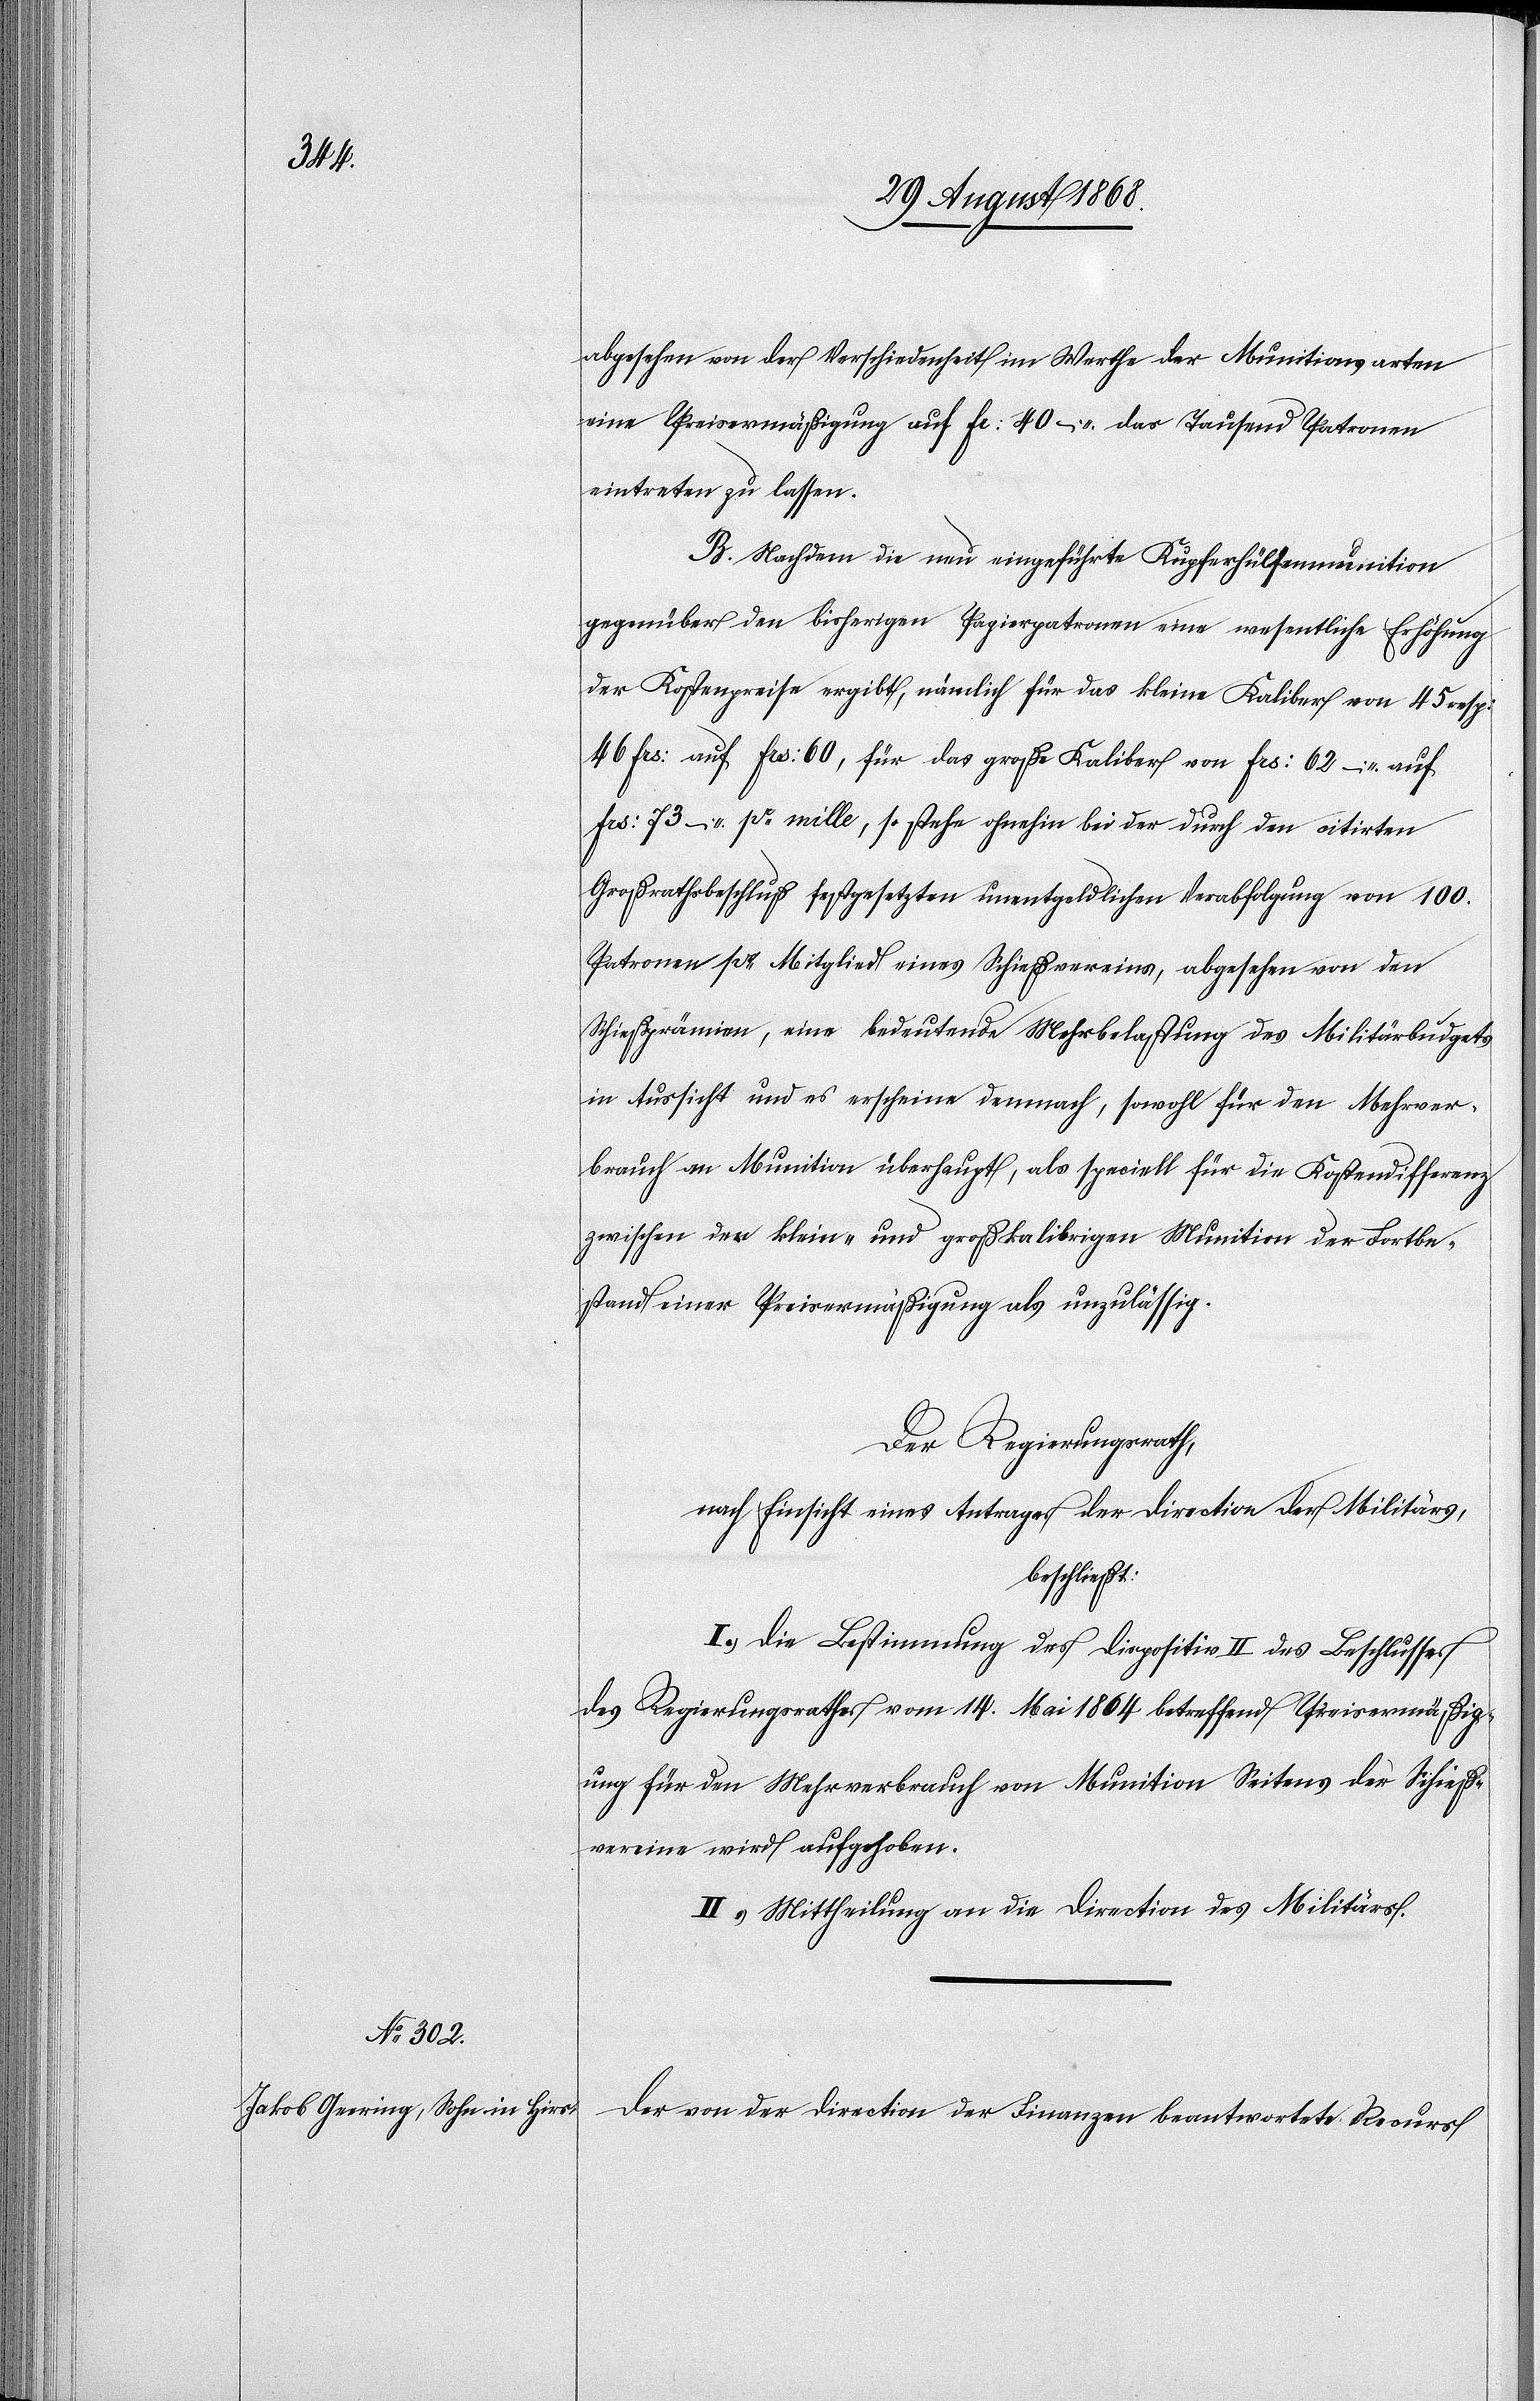
abgesehen von der Verschiedenheit im Werthe der Munitionsarten
eine Preisermäßigung auf Fr: 40 – das Tausend Patronen
eintreten zu lassen.
B. Nachdem die neu eingeführte Kupferhülsenmunition
gegenüber den bisherigen Papierpatronen eine wesentliche Erhöhung
der Kostenpreise ergibt, nämlich für das kleine Kaliber von 45 resp:
46 Frs: auf Frs: 60, für das große Kaliber von Frs: 62 – auf
Frs: 73 – pr mille, so stehe ohnehin bei der durch den citirten
Großrathsbeschluß festgesetzten unentgeldlichen Verabfolgung von 100.
Patronen pr Mitglied eines Schießvereins, abgesehen von den
Schießprämien, eine bedeutende Mehrbelastung des Militärbudgets
in Aussicht und es erscheine demnach, sowohl für den Mehrver¬
brauch an Munition überhaupt, als speciell für die Kostendifferenz
zwischen der klein- und großkalibrigen Munition der Fortbe¬
stand einer Preisermäßigung als unzulässig.
Der Regierungsrath,
nach Einsicht eines Antrages der Direction der [sic!] Militärs,
beschließt:
I.) Die Bestimmung des Dispositiv II des Beschlusses
des Regierungsrathes vom 14. Mai 1864 betreffend Preisermäßig¬
ung für den Mehrverbrauch von Munition Seitens der Schieß¬
vereine wird aufgehoben.
II.) Mittheilung an die Direction des Militärs.
Der von der Direction der Finanzen beantwortete Recurs